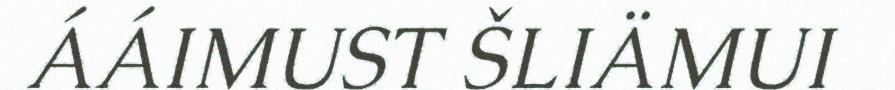
ÁÁIMUST ŠLIÄMUI